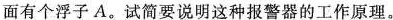
里面有个浮子A。试简要说明这种报警器的工作原理。